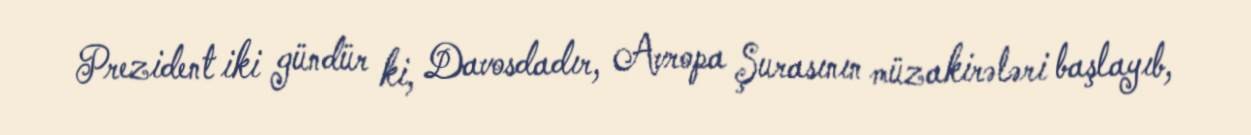
Prezident iki gündür ki, Davosdadır, Avropa Şurasının müzakirələri başlayıb,